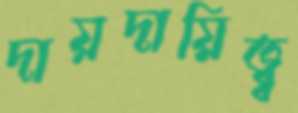
দায়দায়িত্ব্ব